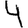
Digit: 4